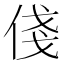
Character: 俴